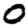
Digit: 0